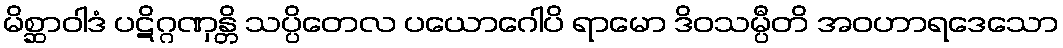
မိစ္ဆာဝါဒံ ပဋိဂ္ဂဏှန္တိ သပ္ပိတေလ ပယောဂေါပိ ရာမော ဒိဝသမ္ပီတိ အဝဟာရဒေသော